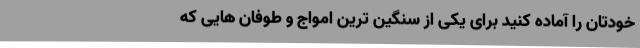
خودتان را آماده کنید برای یکی از سنگین ترین امواج و طوفان هایی که